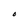
Character: O